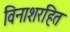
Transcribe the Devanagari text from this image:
विनाशरहित